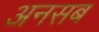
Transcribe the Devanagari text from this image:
अनसब